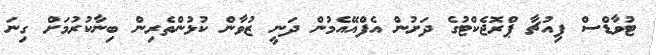
ޓުވާޑްސް ފިއުޗާ ޕްރޮޖެކްޓުގެ ދަށުން އެފްއޭއެމުން ދަނީ ޒުވާން ކުޅުންތެރިން ބިނާކުރުމަށް ގިނަ